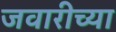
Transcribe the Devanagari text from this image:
जवारीच्या